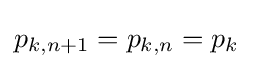
p_{k,n+1}=p_{k,n}=p_{k}